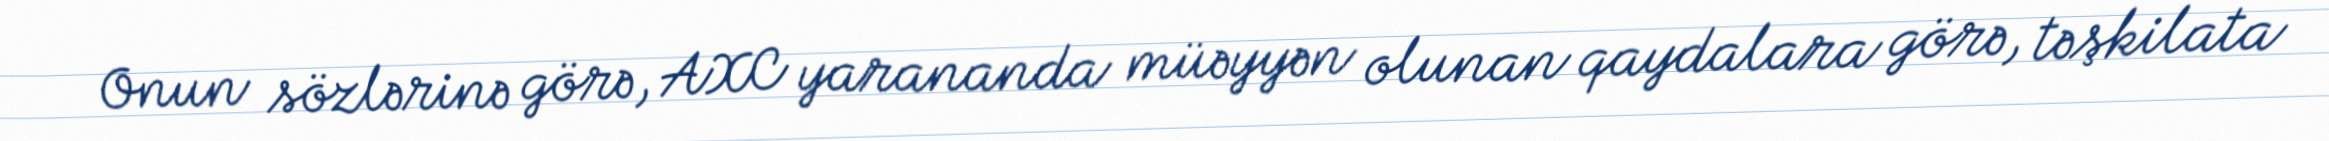
Onun sözlərinə görə, AXC yarananda müəyyən olunan qaydalara görə, təşkilata